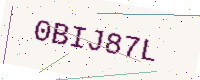
Text: 0BIJ87L